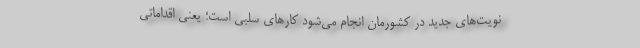
نویت‌های جدید در کشورمان انجام می‌شود کارهای سلبی است؛ یعنی اقداماتی